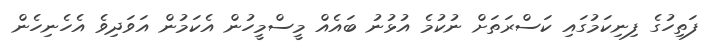
ފަތިހުގެ ފިނިކަމުގައި ކަސްރަތަށް ނުކުމެ އުޅުނު ބައެއް މީސްމީހުން އެކަމުން އަވަދިވެ އެހެނިހެން